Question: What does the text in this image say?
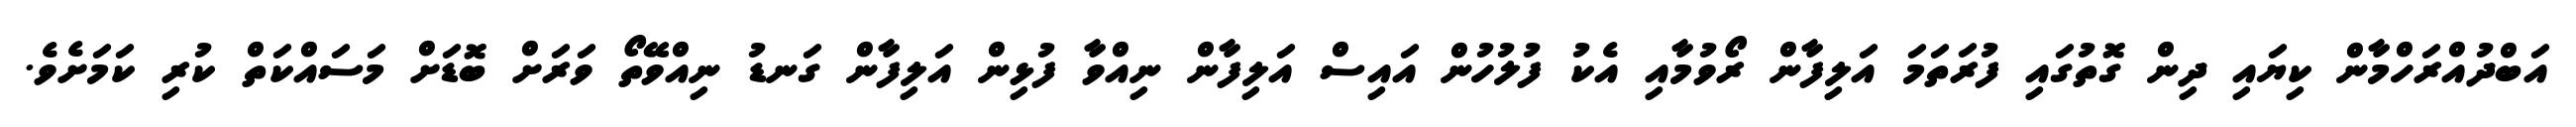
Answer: އަބްދުއްރަހްމާން ކިޔައި ދިން ގޮތުގައި ފުރަތަމަ އަލިފާން ރޯވުމާއި އެކު ފުލުހުން އައިސް އަލިފާން ނިއްވާ ފުޅިން އަލިފާން ގަނޑު ނިއްވޭތޯ ވަރަށް ބޮޑަށް މަސައްކަތް ކުރި ކަމަށެވެ.